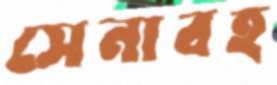
সেনাবহ